Report of the Imperial Institute of Veterinary Research, Muktesar
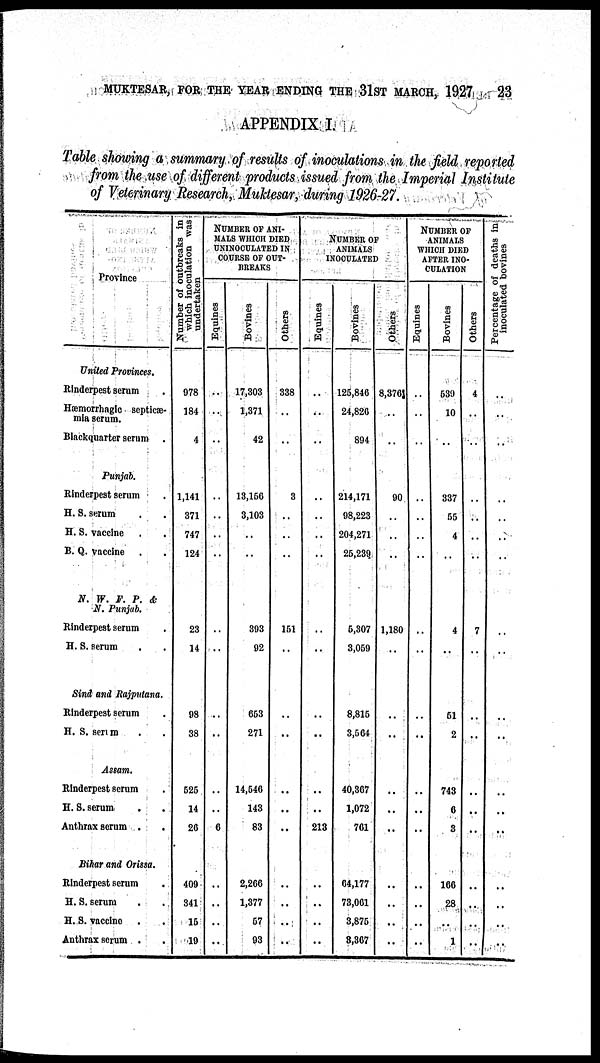
MUKTESAR, FOR THE YEAR ENDING THE 31ST MARCH, 1927
23
APPENDIX I.
Table showing a summary of results of inoculations in the field reported
from the use of different products issued from the Imperial Institute
of Veterinary Research, Muktesar, during 1926-27.
Province
United Provinces.
Rinderpest serum .
Hæmorrhagic septictæ¬
mia serum.
Blackquarter serum .
Punjab.
Rinderpest serum .
H. S. serum . .
H. S. vaccine
B. Q. vaccine
N. W. F. P. &
N. Punjab.
Rinderpest serum
H. S. serum
Sind and Rajputana.
Rinderpest serum
H. S. serum
Assam.
Rinderpest serum
H. S. serum
Anthrax serum .
Bihar and Orissa.
Rinderpest serum
H. S. serum
H. S. vaccine
Anthrax serum .
Number of outbreaks in
which inoculation was
undertaken
978
184
4
1,141
371
747
124
23
14
98
38
525
14
26
409
341
15
19
NUMBER OF ANI-
MALS WHICH DIED
UNINOCULATED IN
COURSE OF OUT-
BREAKS
Equines
..
..
..
..
..
..
..
..
..
..
..
..
..
6
..
..
..
..
Bovines
17,303
1,371
42
13,156
3,103
..
..
393
92
653
271
14,546
143
83
2,266
1,377
57
93
Others
338
..
..
3
..
..
..
151
..
..
..
..
..
..
..
..
..
..
NUMBER OF
ANIMALS
INOCULATED
Equines
..
..
..
..
..
..
..
..
..
..
..
..
..
213
..
..
..
..
Bovines
125,846
24,826
894
214,171
98,223
204,271
25,239
5,307
3,059
8,815
3,564
40,367
1,072
761
64,177
73,061
3,875
3,367
Others
8,376
..
..
90
..
..
..
1,180
..
..
..
..
..
..
..
..
..
..
NUMBER OF
ANIMALS
WHICH DIED
AFTER INO-
CULATION
Equines
..
..
..
..
..
..
..
..
..
..
..
..
..
..
..
..
Bovines
539
10
..
337
55
4
..
4
..
51
2
743
6
3
166
28
..
1
Others
4
..
..
..
..
..
..
7
..
..
..
..
..
..
..
..
..
..
Percentage of deaths in
inoculated bovines
..
..
..
..
..
..
..
..
..
..
..
..
..
..
..
..
..
..